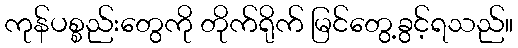
ကုန်ပစ္စည်းတွေကို တိုက်ရိုက် မြင်တွေ့ခွင့်ရသည်။